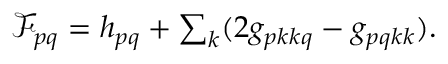
\begin{array} { r } { \mathscr { F } _ { p q } = h _ { p q } + \sum _ { k } ( 2 g _ { p k k q } - g _ { p q k k } ) . } \end{array}